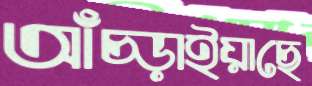
আঁচ্‌ড়াইয়াছে